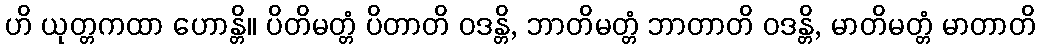
ဟိ ယုတ္တကထာ ဟောန္တိ။ ပိတိမတ္တံ ပိတာတိ ဝဒန္တိ, ဘာတိမတ္တံ ဘာတာတိ ဝဒန္တိ, မာတိမတ္တံ မာတာတိ